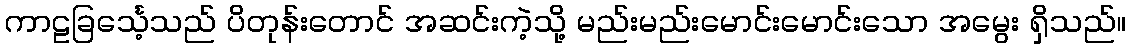
ကာဠခြင်္သေ့သည် ပိတုန်းတောင် အဆင်းကဲ့သို့ မည်းမည်းမောင်းမောင်းသော အမွေး ရှိသည်။